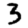
Digit: 3